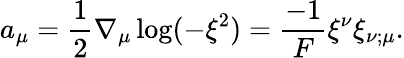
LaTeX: a_{\mu}=\frac{1}{2}\nabla_{\mu}\log(-\xi^{2})=\frac{-1}{F}\xi^{\nu}\xi_{\nu;\mu}.